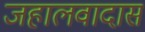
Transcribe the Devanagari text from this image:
जहालवादास